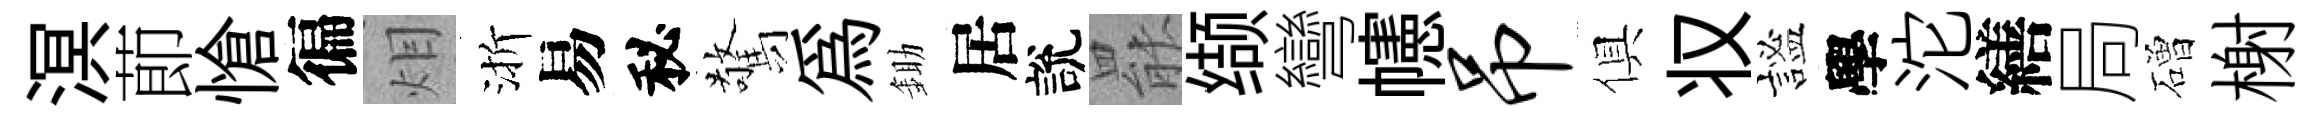
溟莭愴徧𤇆渐易秘驚為鋤居說罷缬彎幰吊俱𠬧謐學沱繕局磳榭